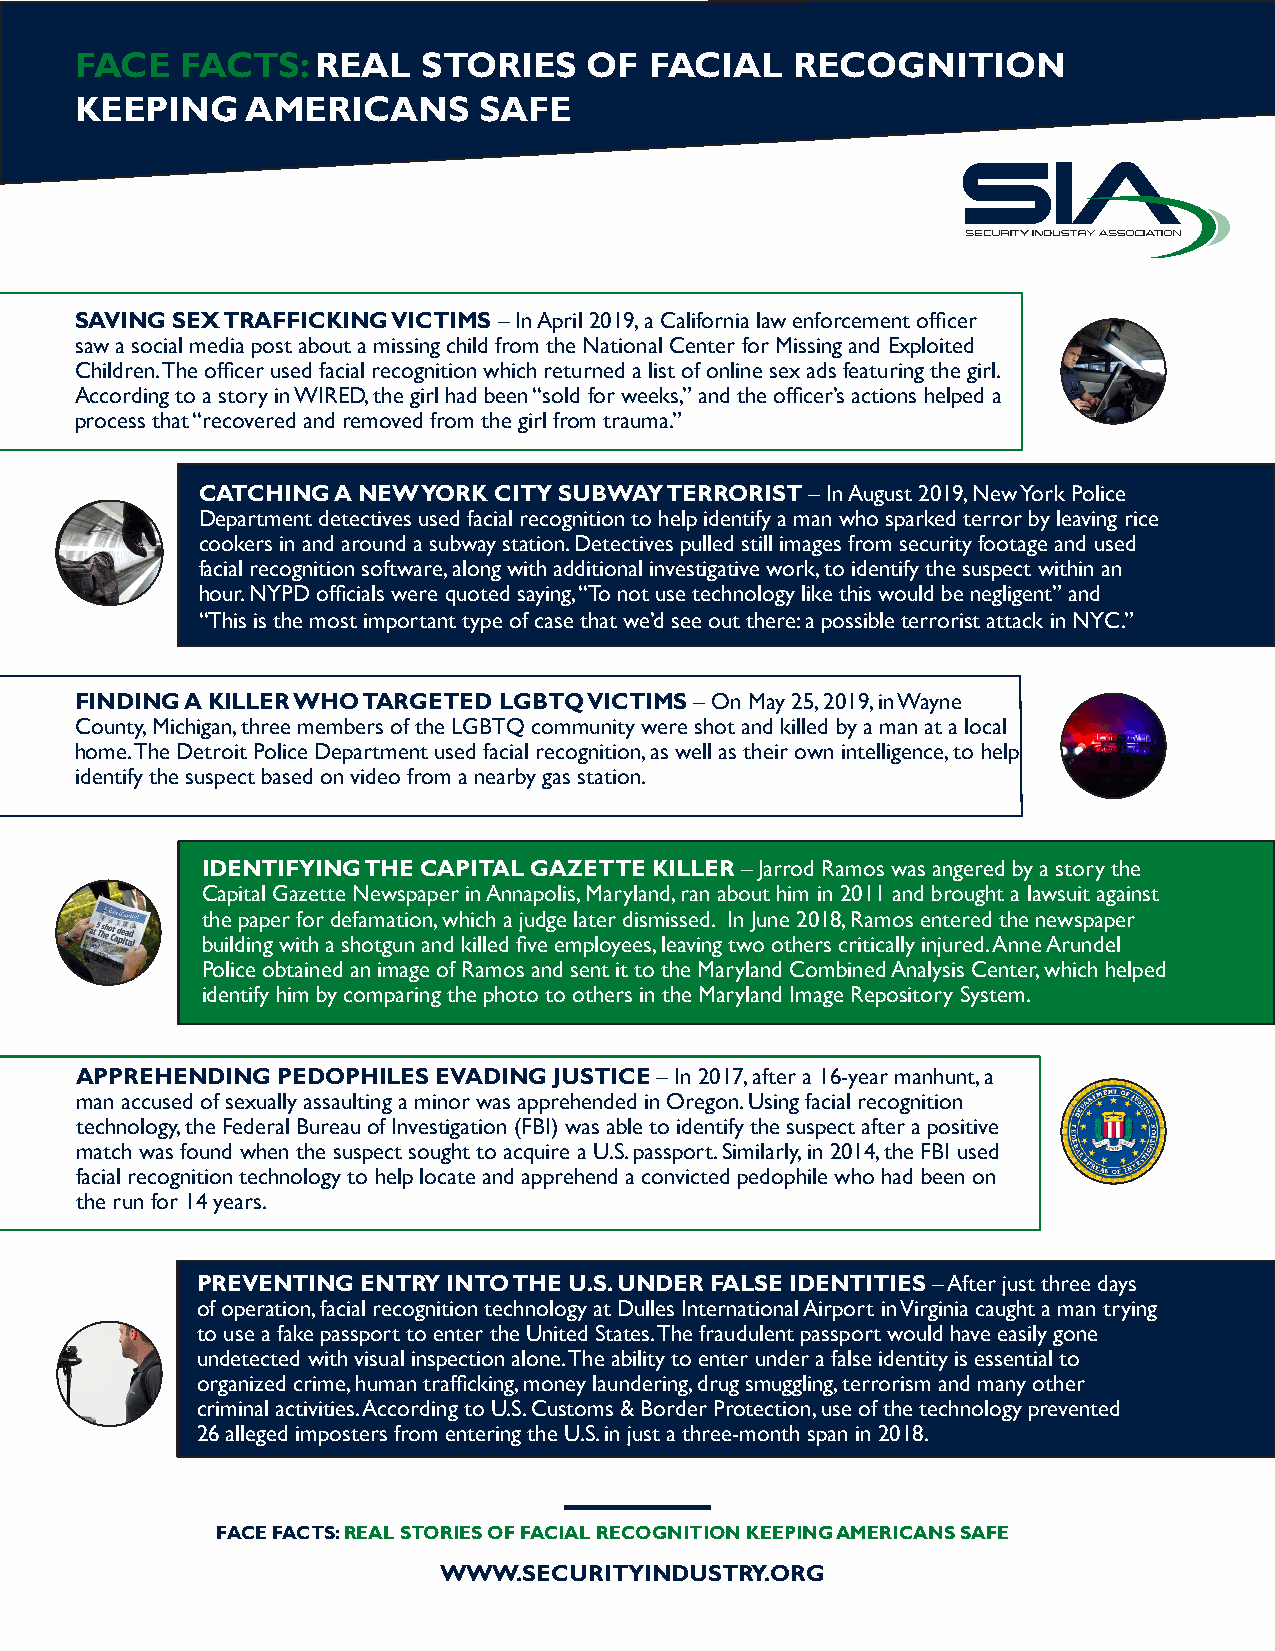
FACE   FACTS:   REAL   STORIES    OF  FACIAL   RECOGNITION
 KEEPING    AMERICANS       SAFE
 SAVING SEX TRAFFICKING VICTIMS – In April 2019, a California law enforcement officer
 saw a social media post about a missing child from the National Center for Missing and Exploited
 Children. The officer used facial recognition which returned a list of online sex ads featuring the girl.
 According to a story in WIRED, the girl had been “sold for weeks,” and the officer’s actions helped a
 process that “recovered and removed from the girl from trauma.”
 CATCHING A NEW YORK CITY SUBWAY TERRORIST – In August 2019, New York Police
 Department detectives used facial recognition to help identify a man who sparked terror by leaving rice
 cookers in and around a subway station. Detectives pulled still images from security footage and used
 facial recognition software, along with additional investigative work, to identify the suspect within an
 hour. NYPD officials were quoted saying, “To not use technology like this would be negligent” and
 “This is the most important type of case that we’d see out there: a possible terrorist attack in NYC.”
 FINDING A KILLER WHO TARGETED LGBTQ VICTIMS – On May 25, 2019, in Wayne
 County, Michigan, three members of the LGBTQ community were shot and killed by a man at a local
 home. The Detroit Police Department used facial recognition, as well as their own intelligence, to help
 identify the suspect based on video from a nearby gas station.
 IDENTIFYING THE CAPITAL GAZETTE KILLER – Jarrod Ramos was angered by a story the
 Capital Gazette Newspaper in Annapolis, Maryland, ran about him in 2011 and brought a lawsuit against
 the paper for defamation, which a judge later dismissed. In June 2018, Ramos entered the newspaper
 building with a shotgun and killed five employees, leaving two others critically injured. Anne Arundel
 Police obtained an image of Ramos and sent it to the Maryland Combined Analysis Center, which helped
 identify him by comparing the photo to others in the Maryland Image Repository System.
 APPREHENDING PEDOPHILES EVADING JUSTICE – In 2017, after a 16-year manhunt, a
 man accused of sexually assaulting a minor was apprehended in Oregon. Using facial recognition
 technology, the Federal Bureau of Investigation (FBI) was able to identify the suspect after a positive
 match was found when the suspect sought to acquire a U.S. passport. Similarly, in 2014, the FBI used
 facial recognition technology to help locate and apprehend a convicted pedophile who had been on
 the run for 14 years.
 PREVENTING ENTRY INTO THE U.S. UNDER FALSE IDENTITIES – After just three days
 of operation, facial recognition technology at Dulles International Airport in Virginia caught a man trying
 to use a fake passport to enter the United States. The fraudulent passport would have easily gone
 undetected with visual inspection alone. The ability to enter under a false identity is essential to
 organized crime, human trafficking, money laundering, drug smuggling, terrorism and many other
 criminal activities. According to U.S. Customs & Border Protection, use of the technology prevented
 26 alleged imposters from entering the U.S. in just a three-month span in 2018.
 FACE FACTS: REAL STORIES OF FACIAL RECOGNITION KEEPING AMERICANS SAFE
 WWW.SECURITYINDUSTRY.ORG